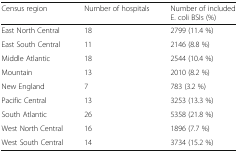
<table><thead><tr><td><b>Census region</b></td><td><b>Number of hospitals</b></td><td><b>Number of included <i>E. coli</i> BSIs (%)</b></td></tr></thead><tbody><tr><td>East North Central</td><td>18</td><td>2799 (11.4 %)</td></tr><tr><td>East South Central</td><td>11</td><td>2146 (8.8 %)</td></tr><tr><td>Middle Atlantic</td><td>18</td><td>2544 (10.4 %)</td></tr><tr><td>Mountain</td><td>13</td><td>2010 (8.2 %)</td></tr><tr><td>New England</td><td>7</td><td>783 (3.2 %)</td></tr><tr><td>Pacific Central</td><td>13</td><td>3253 (13.3 %)</td></tr><tr><td>South Atlantic</td><td>26</td><td>5358 (21.8 %)</td></tr><tr><td>West North Central</td><td>16</td><td>1896 (7.7 %)</td></tr><tr><td>West South Central</td><td>14</td><td>3734 (15.2 %)</td></tr></tbody></table>